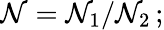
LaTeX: \mathcal{N}=\mathcal{N}_{1}/\mathcal{N}_{2}\, ;